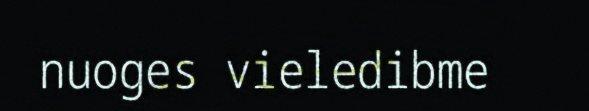
nuoges vieledibme